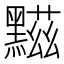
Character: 𪑿